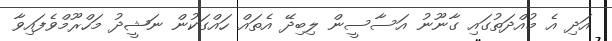
އަދި އެ މުއްދަތުގައި ގާނޫނު އަސާސީން ލިބިދޭ އެތައް ހައްގަކުން ނަޝީދު މަހްރޫމްވެފައިވާ